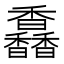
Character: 馫